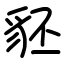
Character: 豾